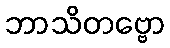
ဘာသိတဗ္ဗော